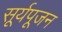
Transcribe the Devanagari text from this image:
सूर्यपूजन